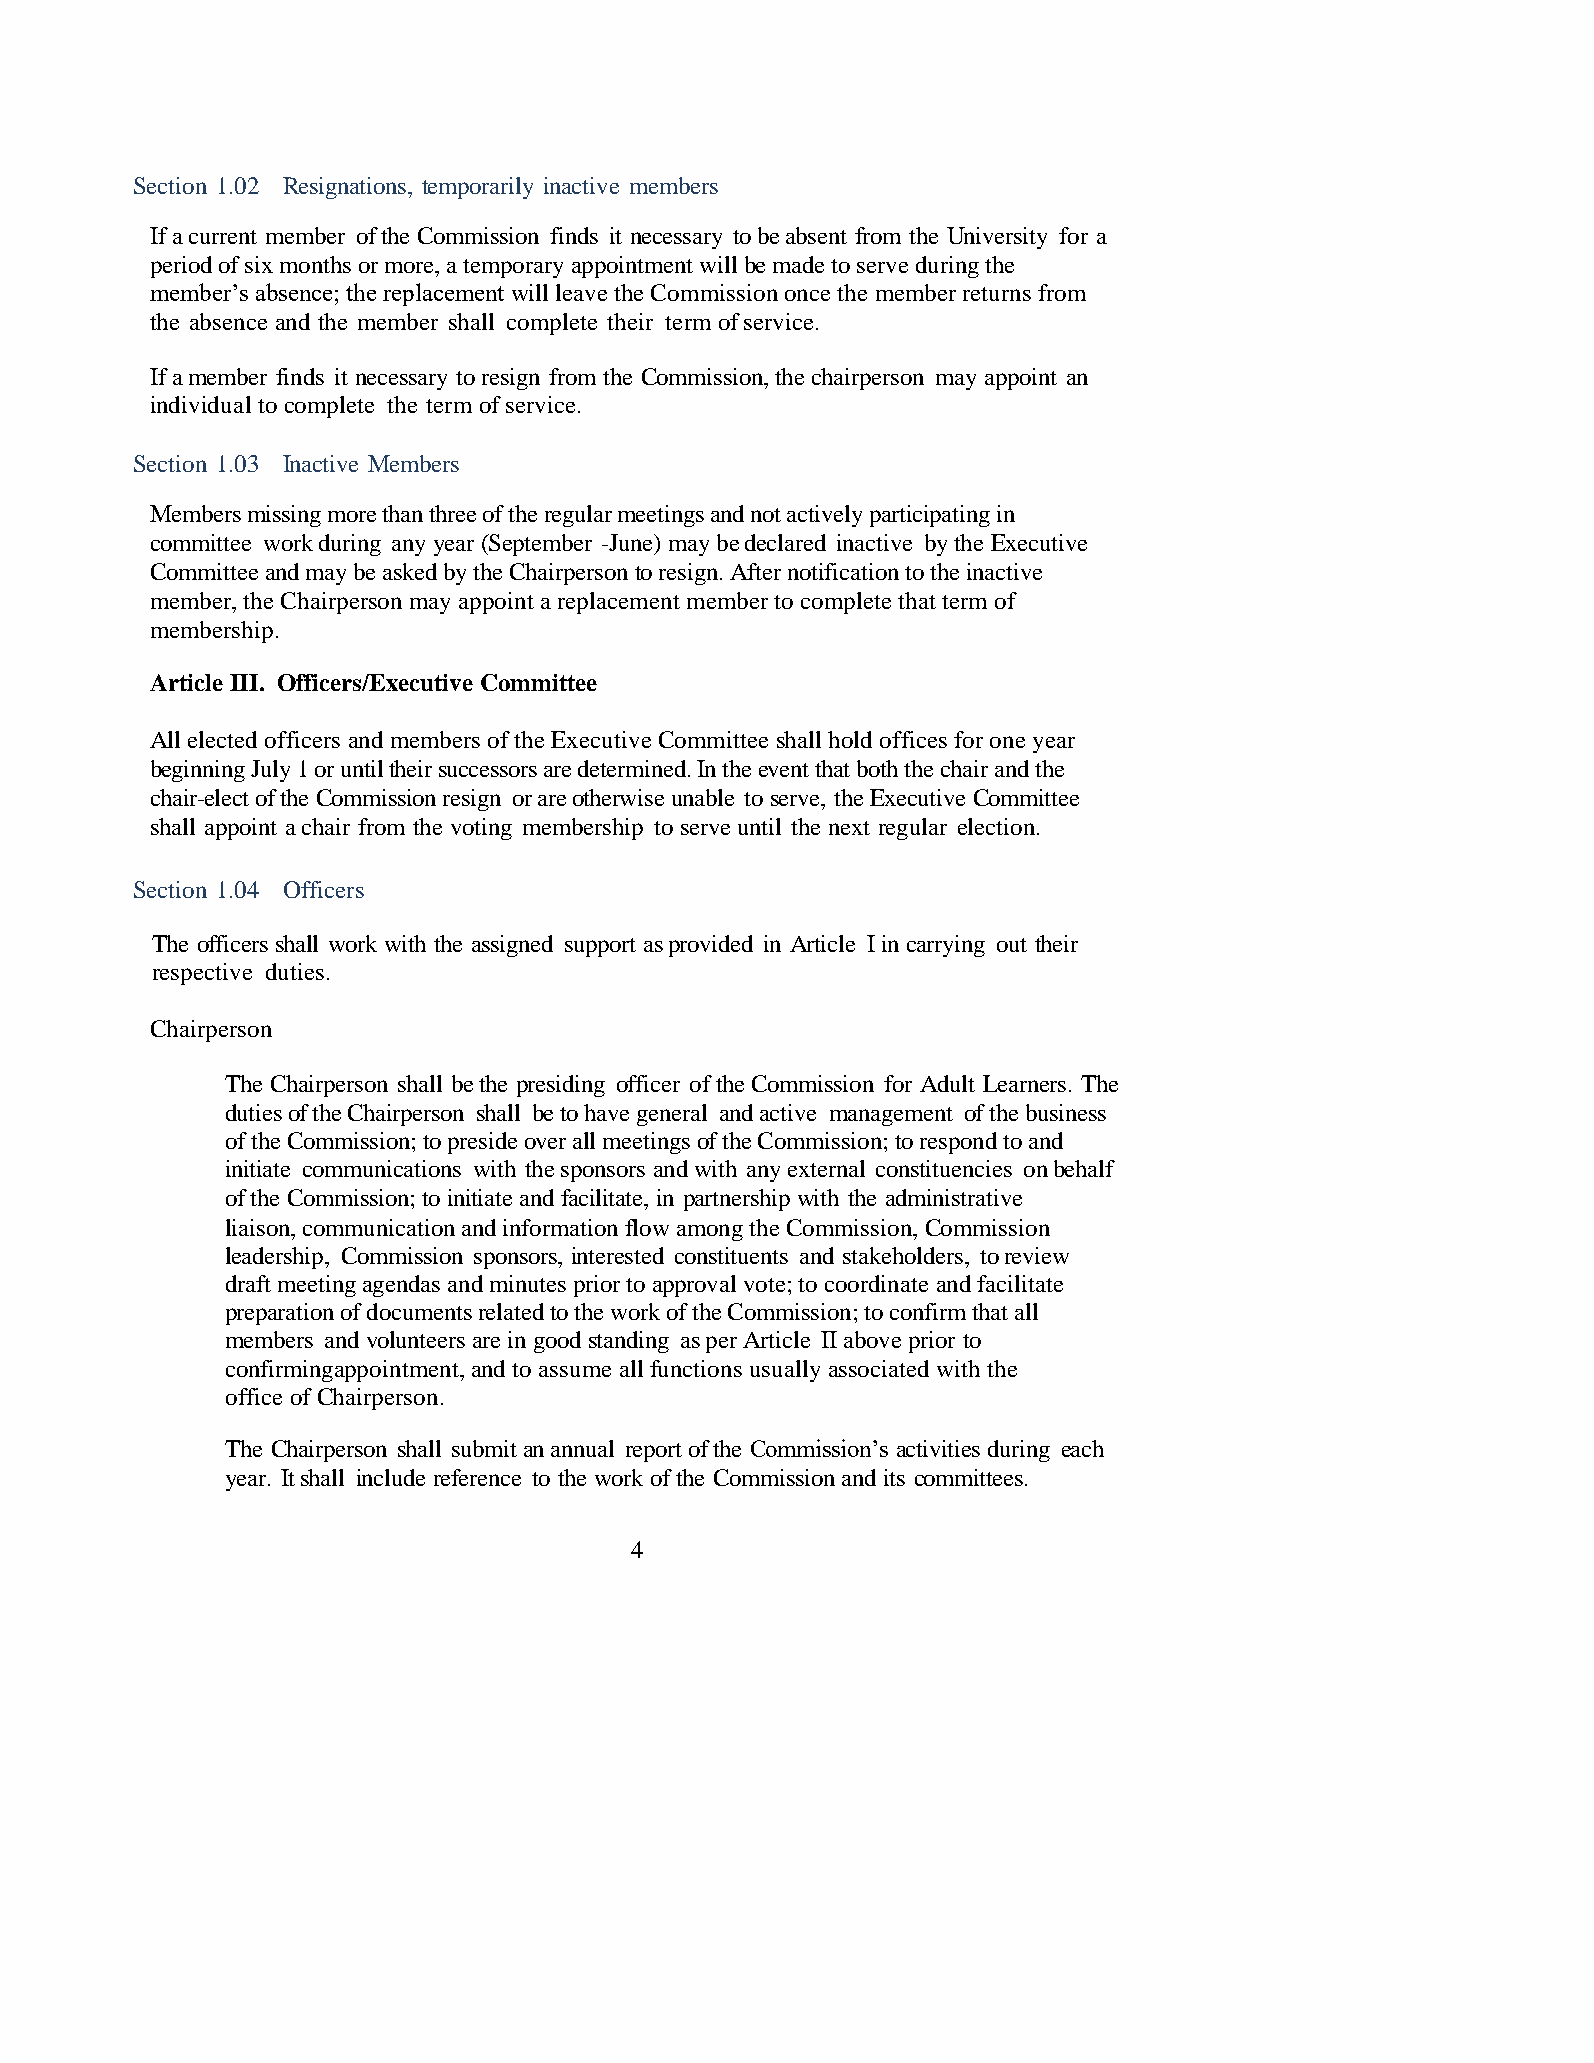
Section 1.02 Resignations, temporarily inactive members
 If a current member of the Commission finds it necessary to be absent from the University for a
 period of six months or more, a temporary appointment will be made to serve during the
 member’s absence; the replacement will leave the Commission once the member returns from
 the absence and the member shall complete their term of service.
 If a member finds it necessary to resign from the Commission, the chairperson may appoint an
 individual to complete the term of service.
 Section 1.03 Inactive Members
 Members missing more than three of the regular meetings and not actively participating in
 committee work during any year (September -June) may be declared inactive by the Executive
 Committee and may be asked by the Chairperson to resign. After notification to the inactive
 member, the Chairperson may appoint a replacement member to complete that term of
 membership.
 Article III. Officers/Executive Committee
 All elected officers and members of the Executive Committee shall hold offices for one year
 beginning July 1 or until their successors are determined. In the event that both the chair and the
 chair-elect of the Commission resign or are otherwise unable to serve, the Executive Committee
 shall appoint a chair from the voting membership to serve until the next regular election.
 Section 1.04 Officers
 The officers shall work with the assigned support as provided in Article I in carrying out their
 respective duties.
 Chairperson
 The Chairperson shall be the presiding officer of the Commission for Adult Learners. The
 duties of the Chairperson shall be to have general and active management of the business
 of the Commission; to preside over all meetings of the Commission; to respond to and
 initiate communications with the sponsors and with any external constituencies on behalf
 of the Commission; to initiate and facilitate, in partnership with the administrative
 liaison, communication and information flow among the Commission, Commission
 leadership, Commission sponsors, interested constituents and stakeholders, to review
 draft meeting agendas and minutes prior to approval vote; to coordinate and facilitate
 preparation of documents related to the work of the Commission; to confirm that all
 members and volunteers are in good standing as per Article II above prior to
 confirming appointment, and to assume all functions usually associated with the
 office of Chairperson.
 The Chairperson shall submit an annual report of the Commission’s activities during each
 year. It shall include reference to the work of the Commission and its committees.
 4